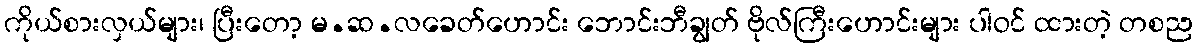
ကိုယ်စားလှယ်များ၊ ပြီးတော့ မ.ဆ.လခေတ်ဟောင်း ဘောင်းဘီချွတ် ဗိုလ်ကြီးဟောင်းများ ပါဝင် ထားတဲ့ တစည